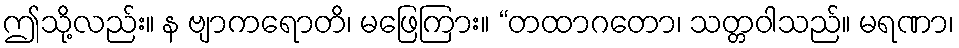
ဤသို့လည်း။ န ဗျာကရောတိ၊ မဖြေကြား။ “တထာဂတော၊ သတ္တဝါသည်။ မရဏာ၊